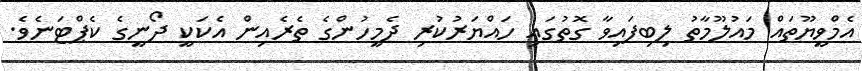
އެމްވީޔޫތައް މައުލޫމާތު ލިބިފައިވާ ގޮތުގައި ހައްޔަރުކުރި ދެމީހުންގެ ތެރެއިން އެކަކީ ދޯނީގެ ކެޕްޓަނެވެ.